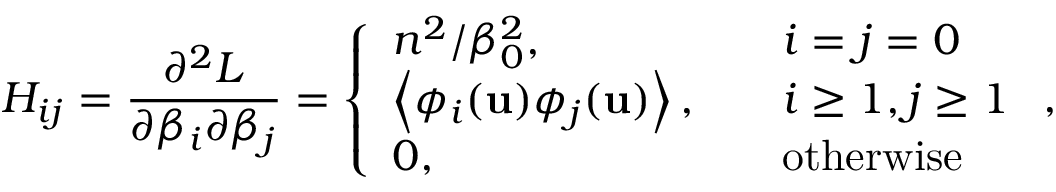
H _ { i j } = \frac { \partial ^ { 2 } L } { \partial \beta _ { i } \partial \beta _ { j } } = \left\{ \begin{array} { l l } { n ^ { 2 } / \beta _ { 0 } ^ { 2 } , \quad } & { i = j = 0 } \\ { \left< \phi _ { i } ( \mathbf { u } ) \phi _ { j } ( \mathbf { u } ) \right> , \quad } & { i \ge 1 , j \ge 1 } \\ { 0 , \quad } & { \mathrm { o t h e r w i s e } } \end{array} \right. ,